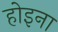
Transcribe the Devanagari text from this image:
होइना